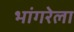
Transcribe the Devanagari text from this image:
भांगरेला